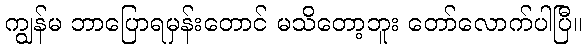
ကျွန်မ ဘာပြောရမှန်းတောင် မသိတော့ဘူး တော်လောက်ပါပြီ။